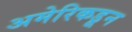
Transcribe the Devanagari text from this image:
अमेरिकडून